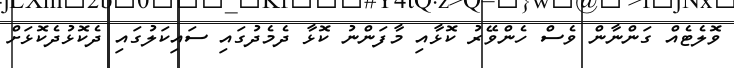
ވޮލެޓެއް ގަންނާން ވެސް ހެންވޭރު ކޮޅާއި މާފަންނު ކޮޅާ ދެމެދުގައި ސައިކަލުގައި ދެކޮޅުދެކޮޅަށް